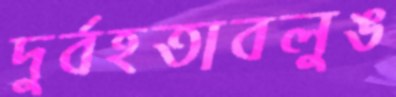
দুর্বহতাবলুঙ